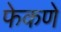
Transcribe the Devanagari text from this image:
फेकणे